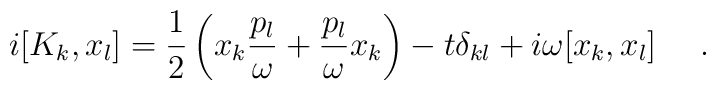
i[K_{k},x_{l}] = \frac{1}{2}\left( x_{k}\frac{p_{l}}{\omega}+ \frac{p_{l}}{\omega}x_{k} \right) - t\delta _{kl} +i\omega[x_{k},x_{l}]~~~~.